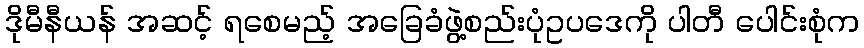
ဒိုမီနီယန် အဆင့် ရစေမည့် အခြေခံဖွဲ့စည်းပုံဥပဒေကို ပါတီ ပေါင်းစုံက